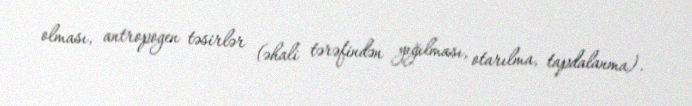
olması, antropogen təsirlər (əhali tərəfindən yığılması, otarılma, tapdalanma).